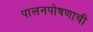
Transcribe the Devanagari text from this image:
पालनपोषणाची